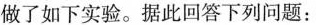
做了如下实验。据此回答下列问题：